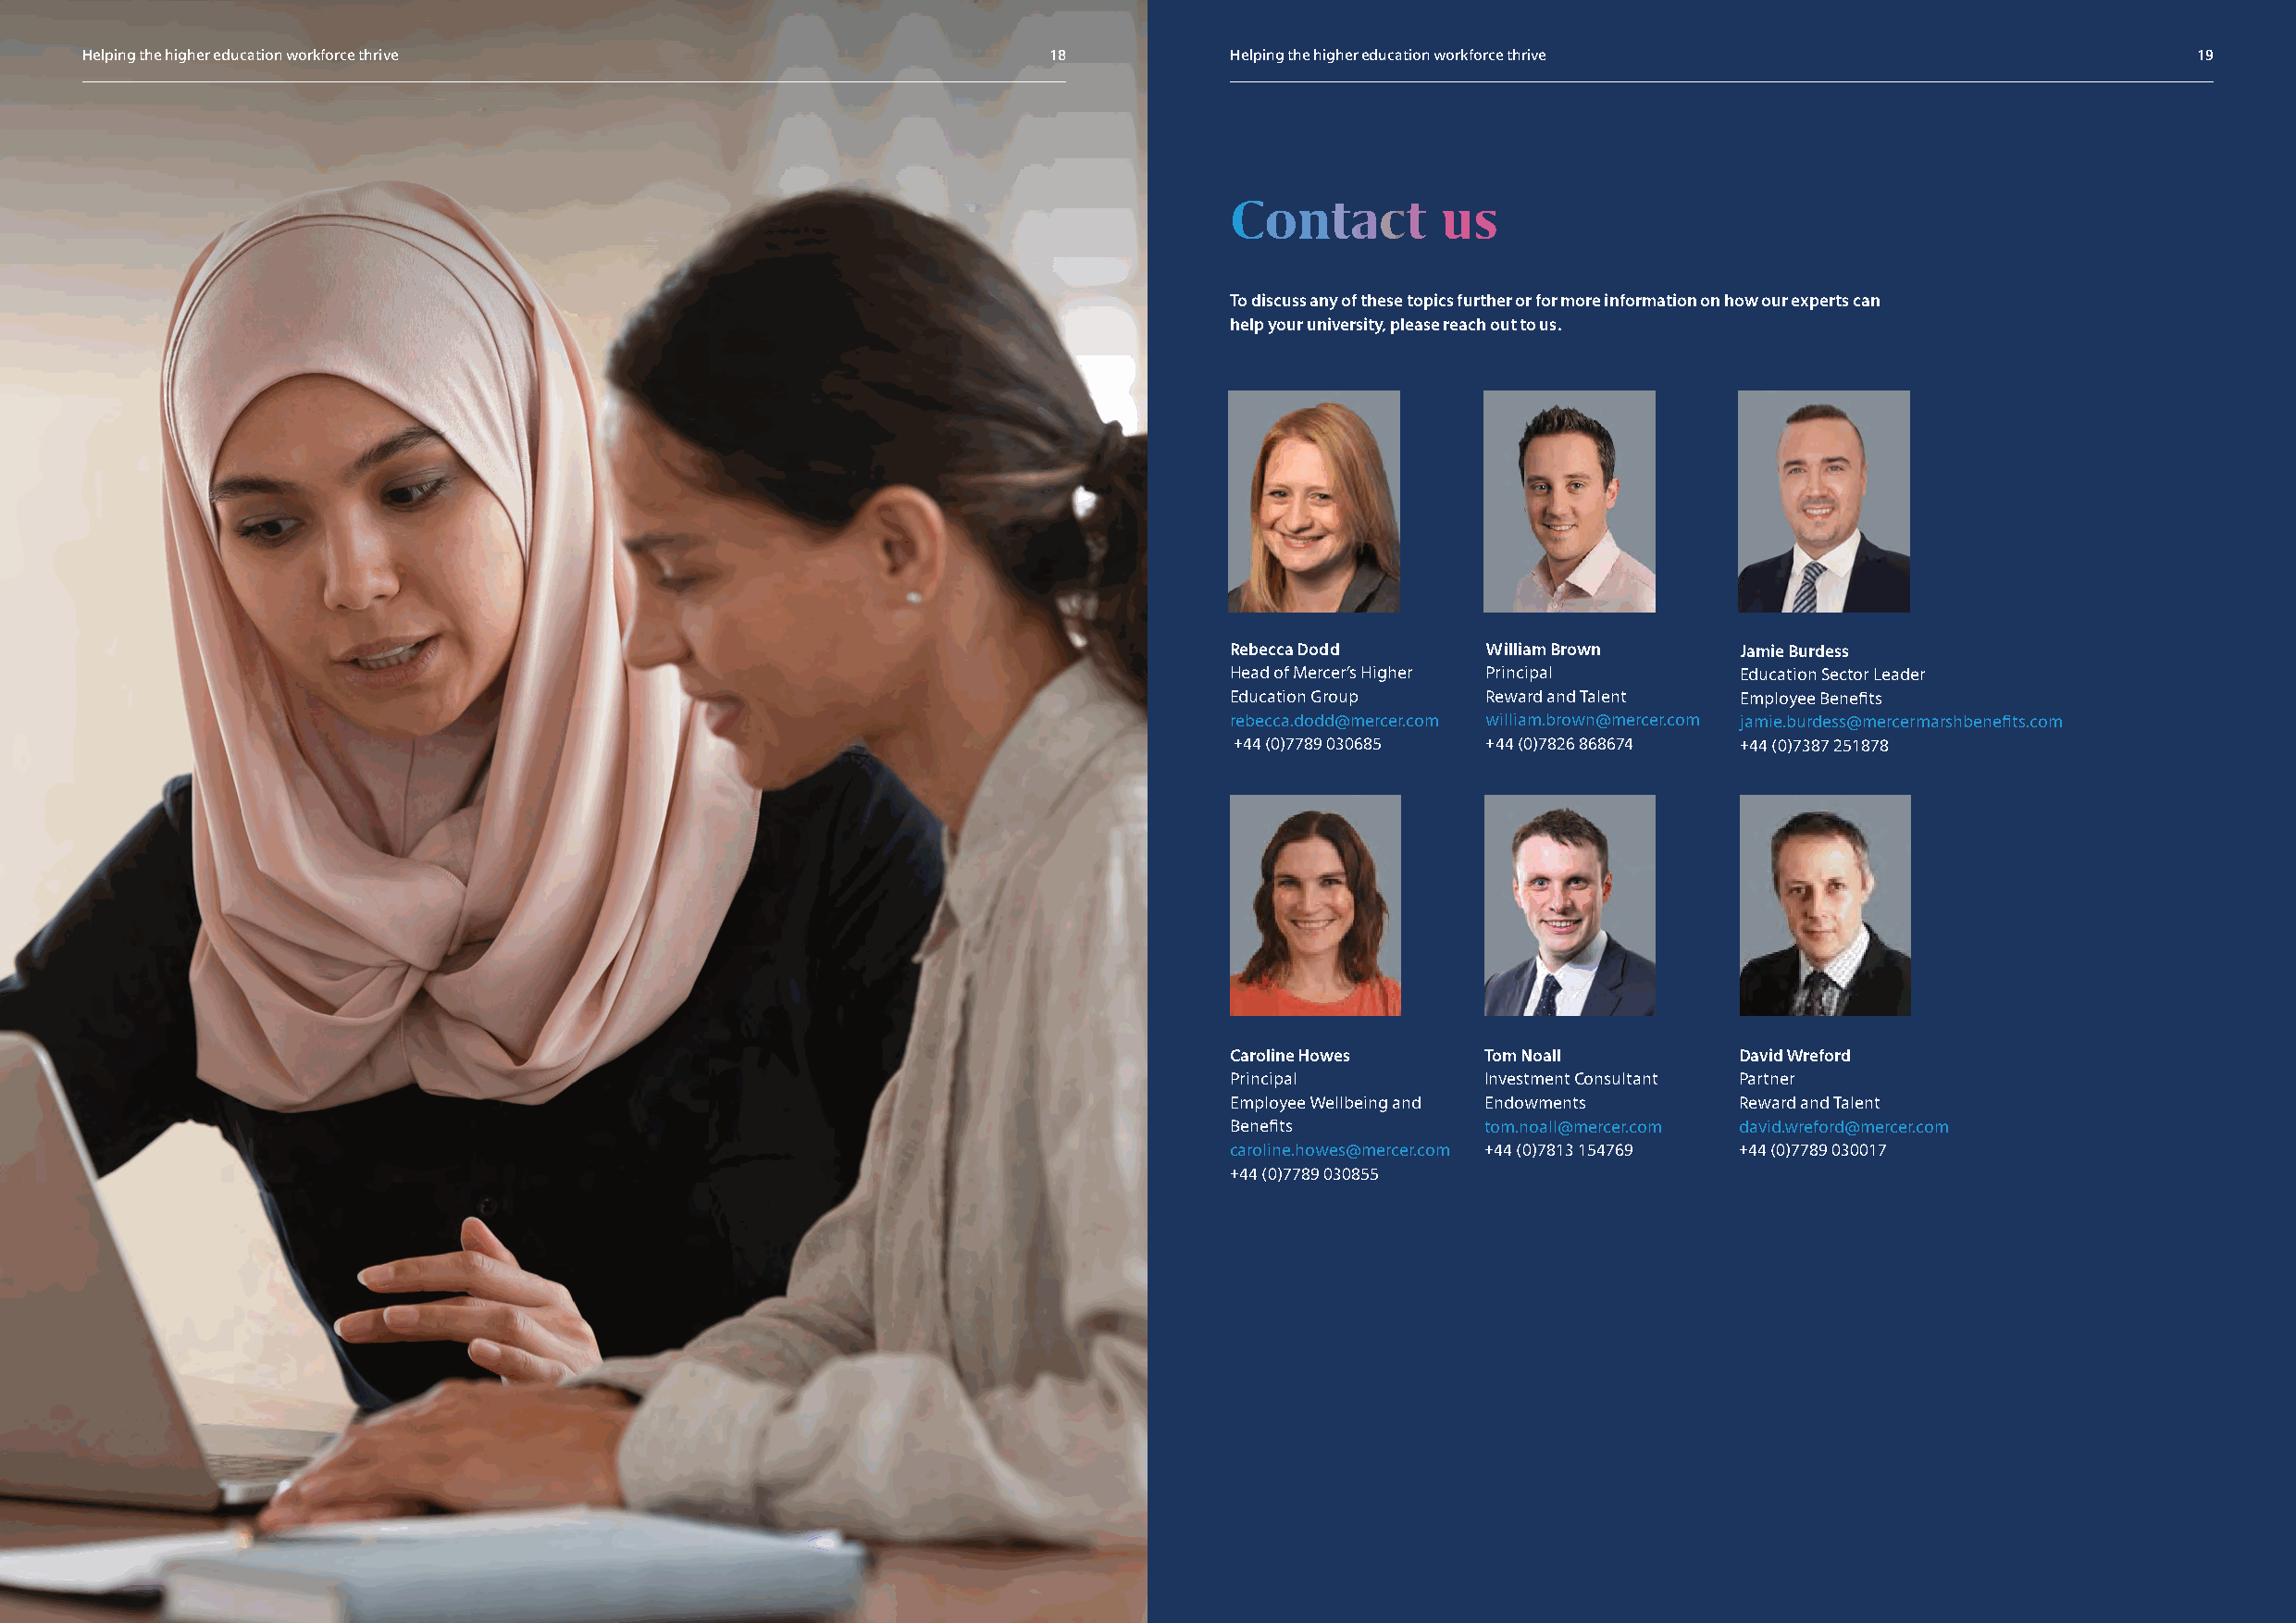
Helping the higher education workforce thrive                        18           Helping the higher education workforce thrive                        19
 Contact        us
 To discuss any of these topics further or for more information on how our experts can
 help your university, please reach out to us.
 Rebecca Dodd      William Brown     Jamie Burdess
 Head of Mercer’s Higher Principal   Education Sector Leader
 Education Group   Reward and Talent Employee Benefits
 rebecca.dodd@mercer.com william.brown@mercer.com jamie.burdess@mercermarshbenefits.com
 +44 (0)7789 030685 +44 (0)7826 868674 +44 (0)7387 251878
 Caroline Howes    Tom Noall         David Wreford
 Principal         Investment Consultant Partner
 Employee Wellbeing and Endowments   Reward and Talent
 Benefits          tom.noall@mercer.com david.wreford@mercer.com
 caroline.howes@mercer.com +44 (0)7813 154769 +44 (0)7789 030017
 +44 (0)7789 030855